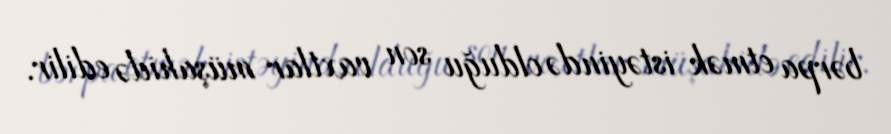
bərpa etmək istəyində olduğu son vaxtlar müşahidə edilir.